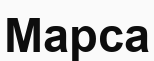
Марса